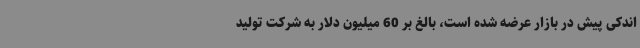
اندکی پیش در بازار عرضه شده است، بالغ بر 60 میلیون دلار به شرکت تولید